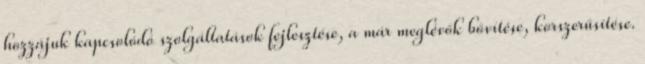
hozzájuk kapcsolódó szolgáltatások fejlesztése, a már meglévők bővítése, korszerűsítése.